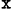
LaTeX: ^\texttt{x}